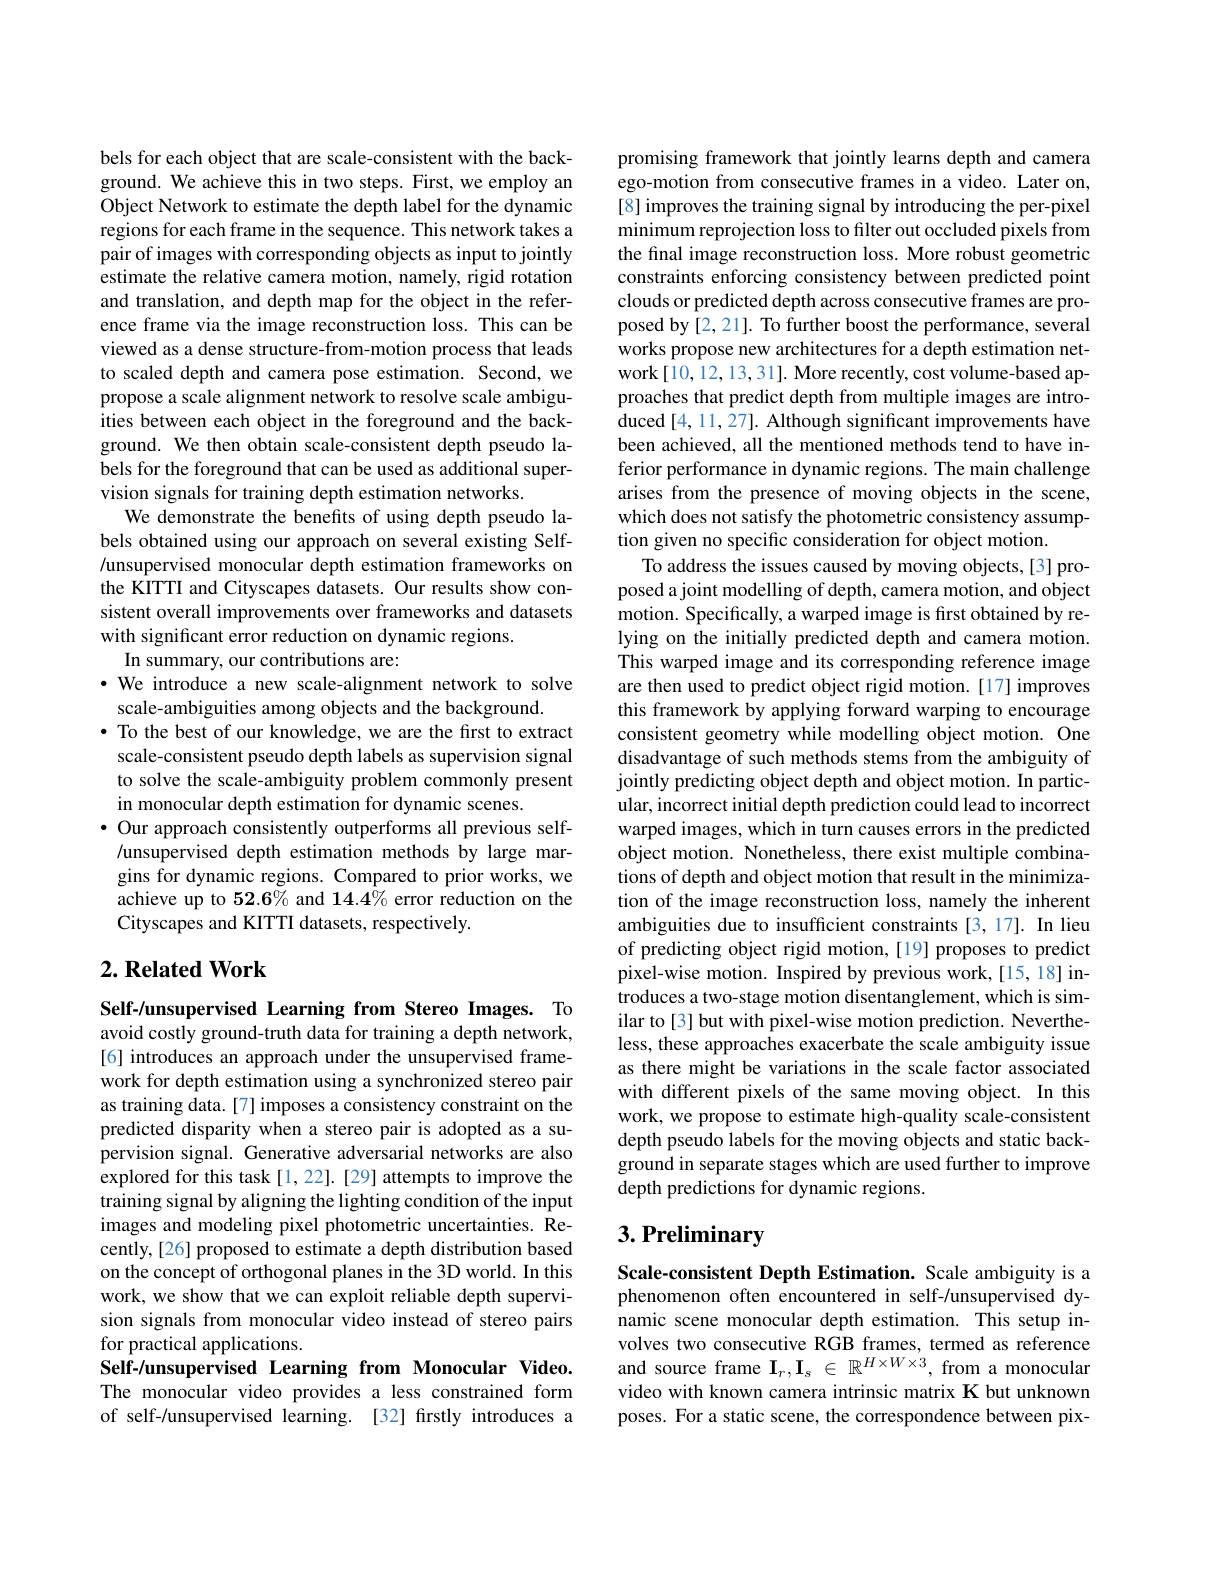
bels for each object that are scale-consistent with the background. We achieve this in two steps. First, we employ an Object Network to estimate the depth label for the dynamic regions for each frame in the sequence. This network takes a pair of images with corresponding objects as input to jointly estimate the relative camera motion, namely, rigid rotation and translation, and depth map for the object in the reference frame via the image reconstruction loss. This can be viewed as a dense structure-from-motion process that leads to scaled depth and camera pose estimation. Second, we propose a scale alignment network to resolve scale ambiguities between each object in the foreground and the background. We then obtain scale-consistent depth pseudo labels for the foreground that can be used as additional supervision signals for training depth estimation networks.
We demonstrate the benefits of using depth pseudo labels obtained using our approach on several existing Self- /unsupervised monocular depth estimation frameworks on the KITTI and Cityscapes datasets. Our results show consistent overall improvements over frameworks and datasets with significant error reduction on dynamic regions.
In summary, our contributions are:
·We introduce a new scale-alignment network to solve
scale-ambiguities among objects and the background.
$\bullet$ To the best of our knowledge, we are the first to extract scale-consistent pseudo depth labels as supervision signal to solve the scale-ambiguity problem commonly present in monocular depth estimation for dynamic scenes.
$\bullet$ Our approach consistently outperforms all previous self- /unsupervised depth estimation methods by large margins for dynamic regions. Compared to prior works, we achieve up to 52.6% and 14.4% error reduction on the Cityscapes and KITTI datasets, respectively.

## $2. \textbf{Related Work}$

Self-/unsupervised Learning from Stereo Images. To avoid costly ground-truth data for training a depth network, [6] introduces an approach under the unsupervised framework for depth estimation using a synchronized stereo pair as training data. [7] imposes a consistency constraint on the predicted disparity when a stereo pair is adopted as a supervision signal. Generative adversarial networks are also explored for this task[1,22].[29] attempts to improve the training signal by aligning the lighting condition of the input images and modeling pixel photometric uncertainties. $\hat{\text{Re-}}$ cently,[26] proposed to estimate a depth distribution based on the concept of orthogonal planes in the 3D world. In this work, we show that we can exploit reliable depth supervision signals from monocular video instead of stereo pairs for practical applications.
Self-/unsupervised Learning from Monocular Video. The monocular video provides a less constrained form of self-/unsupervised learning. [32] firstly introduces a

promising framework that jointly learns depth and camera ego-motion from consecutive frames in a video. Later on, [8] improves the training signal by introducing the per-pixel minimum reprojection loss to filter out occluded pixels from the final image reconstruction loss. More robust geometric constraints enforcing consistency between predicted point clouds or predicted depth across consecutive frames are proposed by [2, 21]. To further boost the performance, several works propose new architectures for a depth estimation network[10,12,13,31]. More recently, cost volume-based approaches that predict depth from multiple images are introduced [4, 11, 27]. Although significant improvements have been achieved, all the mentioned methods tend to have inferior performance in dynamic regions. The main challenge arises from the presence of moving objects in the scene, which does not satisfy the photometric consistency assumption given no specific consideration for object motion.
To address the issues caused by moving objects,[3] proposed a joint modelling of depth, camera motion, and object motion. Specifically, a warped image is first obtained by relying on the initially predicted depth and camera motion. This warped image and its corresponding reference image are then used to predict object rigid motion. [17] improves this framework by applying forward warping to encourage consistent geometry while modelling object motion. One disadvantage of such methods stems from the ambiguity of jointly predicting object depth and object motion. In particular, incorrect initial depth prediction could lead to incorrect warped images, which in turn causes errors in the predicted object motion. Nonetheless, there exist multiple combinations of depth and object motion that result in the minimization of the image reconstruction loss, namely the inherent ambiguities due to insufficient constraints [3,17]. In lieu of predicting object rigid motion,[19] proposes to predict pixel-wise motion. Inspired by previous work,[15,18] introduces a two-stage motion disentanglement, which is similar to[3] but with pixel-wise motion prediction. Nevertheless, these approaches exacerbate the scale ambiguity issue as there might be variations in the scale factor associated with different pixels of the same moving object. In this work, we propose to estimate high-quality scale-consistent depth pseudo labels for the moving objects and static background in separate stages which are used further to improve depth predictions for dynamic regions.
3. Preliminary

Scale-consistent Depth Estimation. Scale ambiguity is a phenomenon often encountered in self-/unsupervised dynamic scene monocular depth estimation. This setup involves two consecutive RGB frames, termed as reference and source frame $\mathbf{I}_r,\mathbf{I}_s\in\mathbb{R}^{H\times W\times3}$, from a monocular video with known camera intrinsic matrix K but unknown poses. For a static scene, the correspondence between pix-